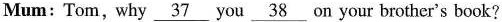
Mum: Tom, why \underline{37} you \underline{38} on your brother's book?